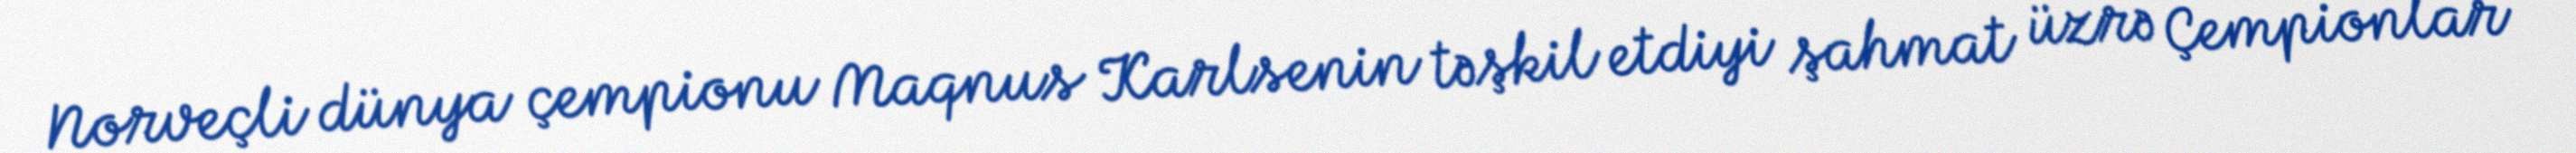
Norveçli dünya çempionu Maqnus Karlsenin təşkil etdiyi şahmat üzrə Çempionlar